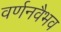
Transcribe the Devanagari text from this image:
वर्णनवैभव